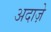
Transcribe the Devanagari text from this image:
अदाज़े